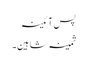
پس آئینہ
ثمینہ شاہین۔